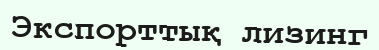
Экспорттық лизинг